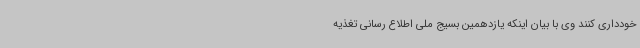
خودداری کنند وی با بیان اینکه یازدهمین بسیج ملی اطلاع رسانی تغذیه